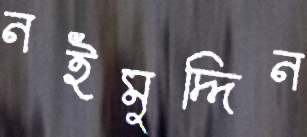
নইমুদ্দিন